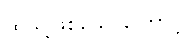
ထိုသို့ဖြစ်သောကြောင့်